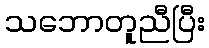
သဘောတူညီပြီး